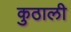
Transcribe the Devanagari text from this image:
कुठाली